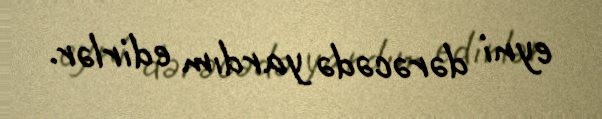
eyni dərəcədə yardım edirlər.